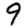
Digit: 9